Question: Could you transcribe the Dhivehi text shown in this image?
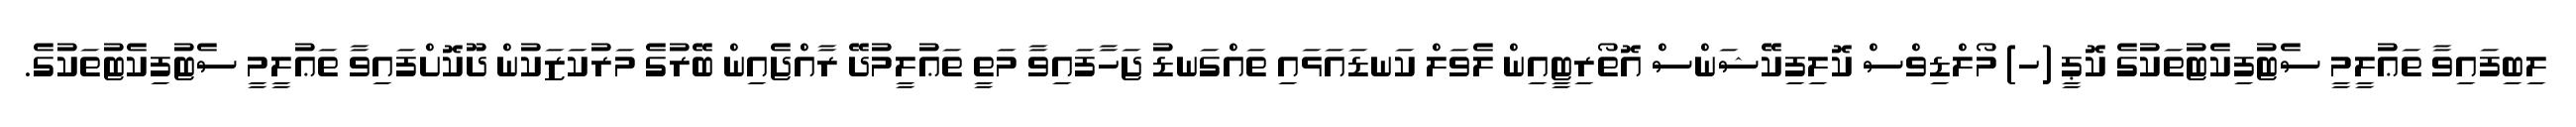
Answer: ލިބިފައިވާ ތަޢުލީމީ ސެޓުފިކެޓުތަކުގެ ކޮޕީ (ހ) މޯލްޑިވްސް ކޮލިފިކޭޝަންސް އޮތޯރިޓީއިން ލެވަލް ކަނޑައަޅައި ތައްގަނޑު ޖަހާފައިވާ މަތީ ތަޢުލީމުދޭ ރާއްޖެއިން ބޭރުގެ މަރުކަޒަކުން ދޫކޮށްފައިވާ ތަޢުލީމީ ސެޓުފިކެޓުތަކުގެ.